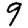
Digit: 9